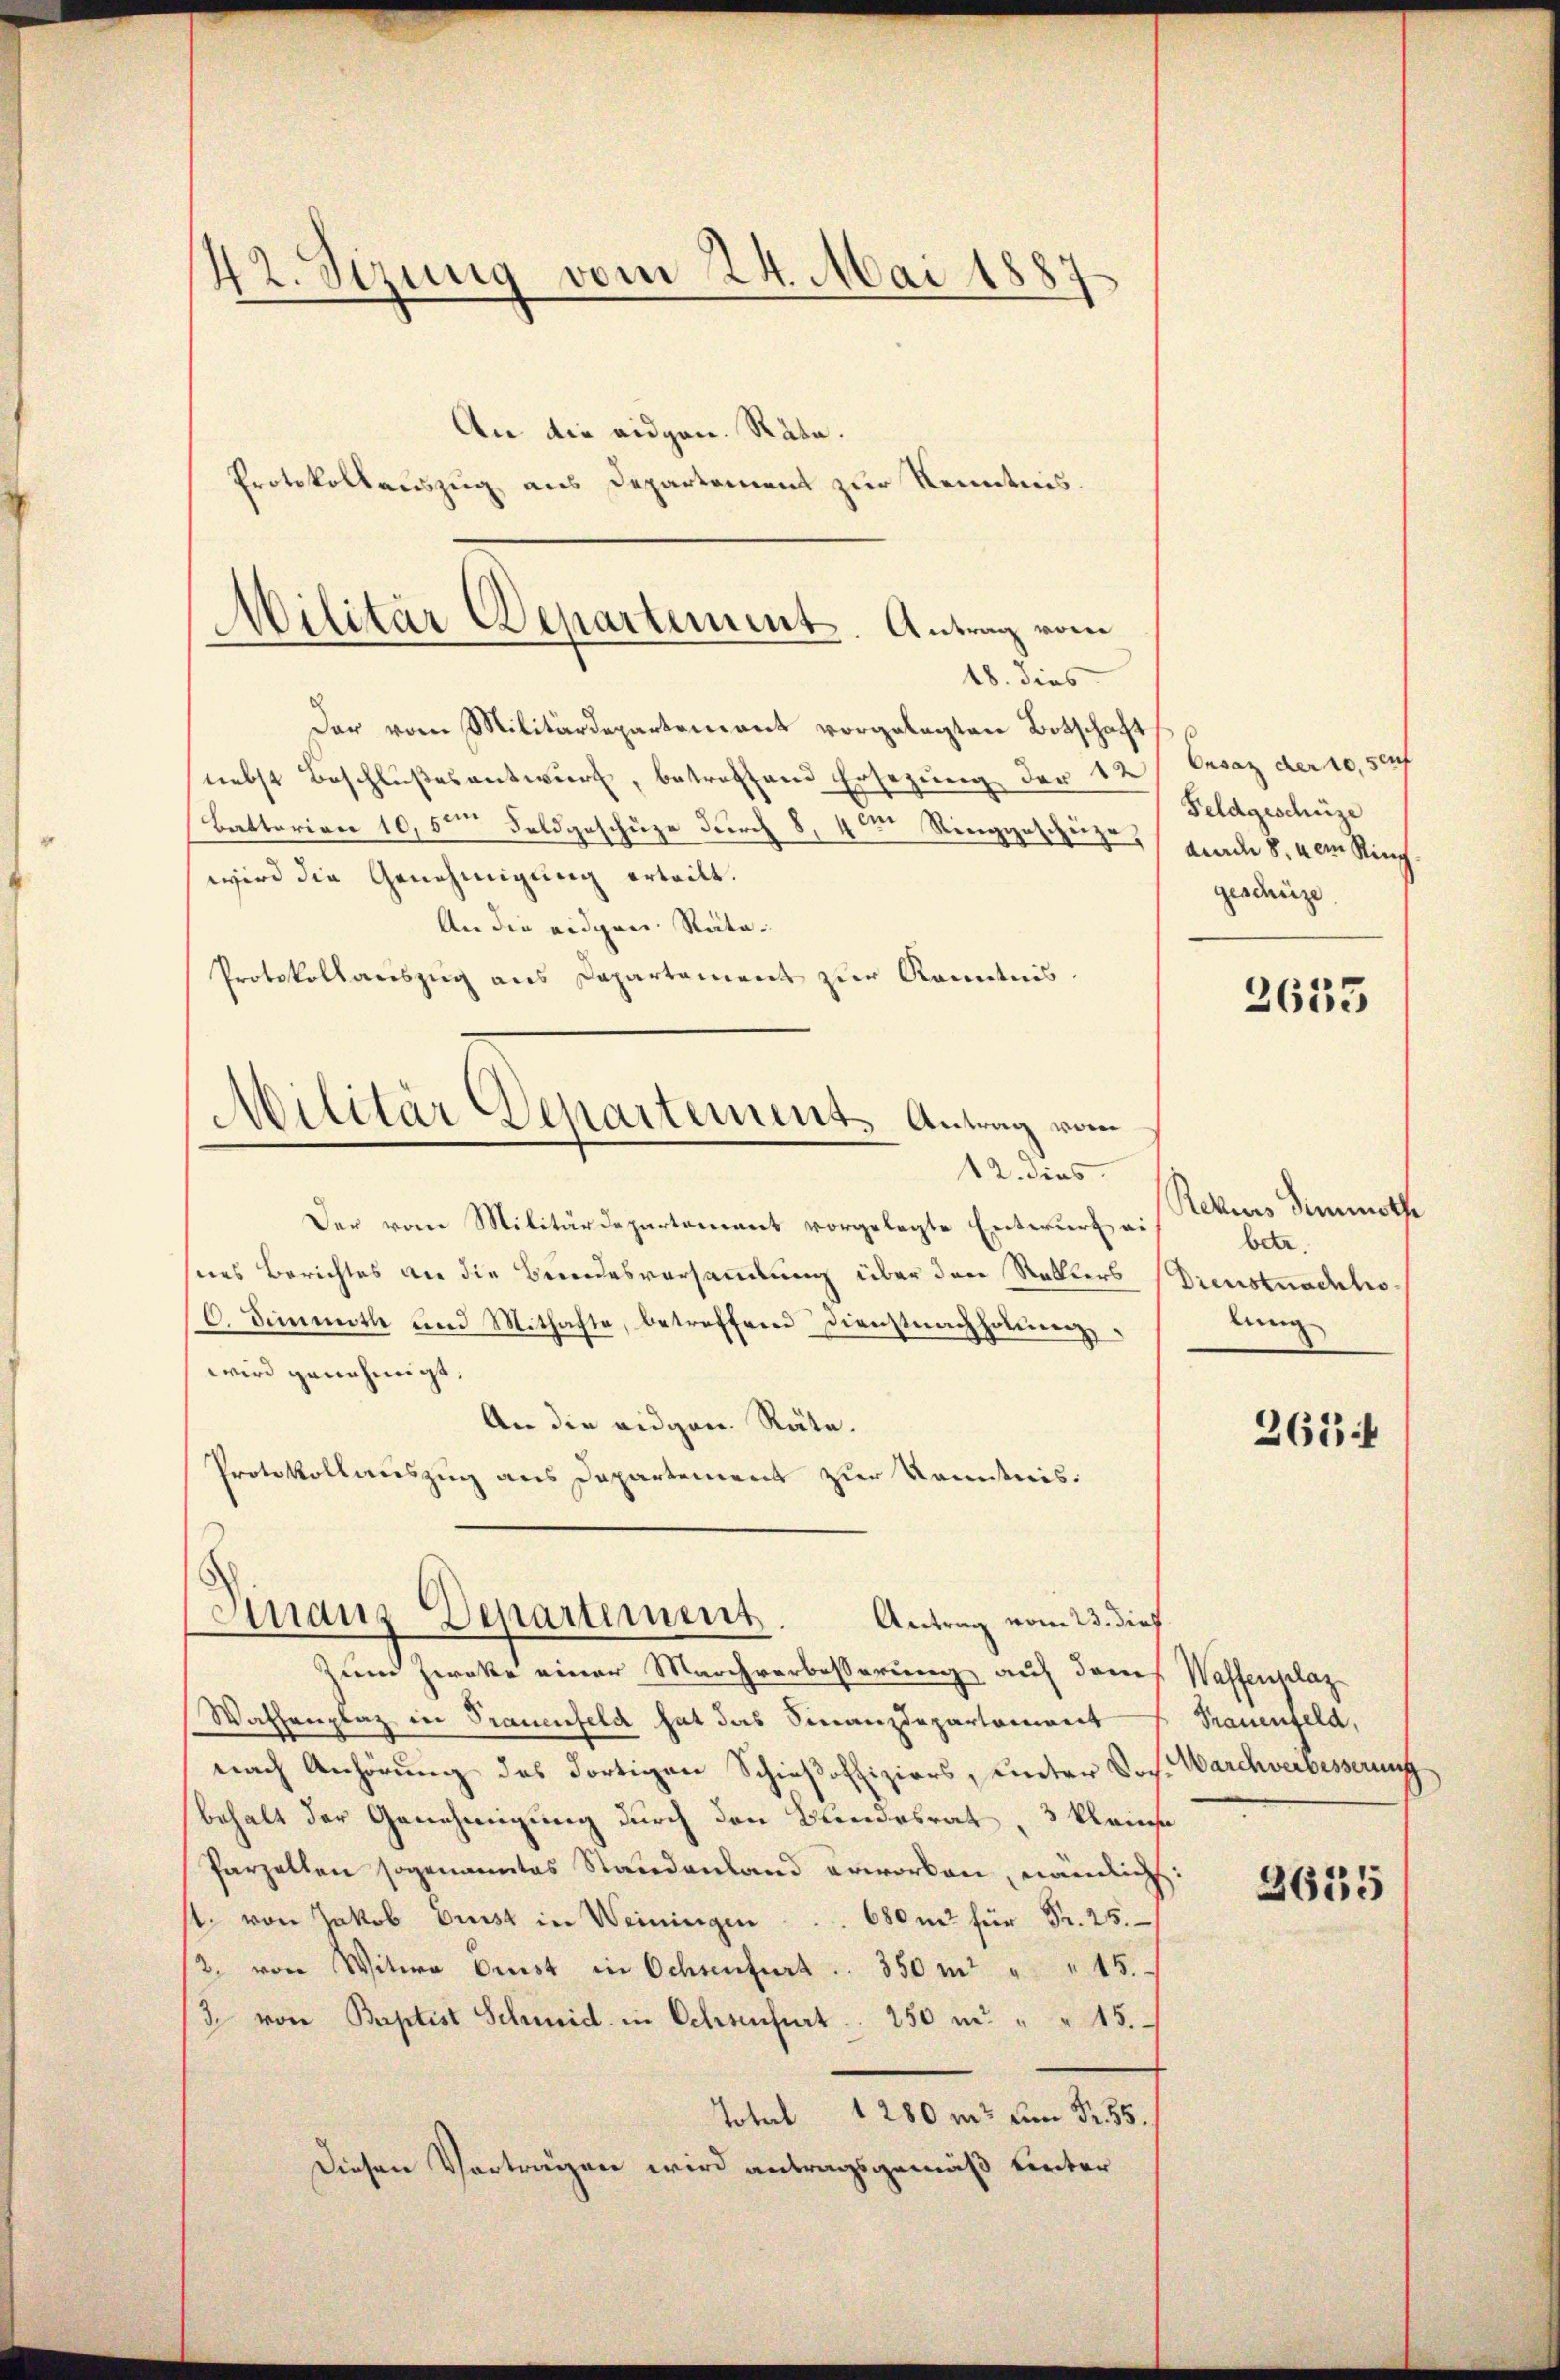
42. Sizung vom 24. Mai 1887
An die eidgen. Räte.

Militär Departement. Antrag vom
18. dies

Militär Departement. Antrag vom
12. dies

Protokollauszug aus Departement zur Kenntnis.
Der vom Militärdepartement vorgelegten Botschaft
nebst Beschlußes antwurf, betreffend Ersezung der 12
Battarian 10,5te͇n Feldgeschüze durch 8, 4ten Ringgeschütze,
wird die Genehmigung erteilt.
An die eidgen. Räte.
Protokollauszug aus Departement zur Kenntnis.
Der vom Militärdepartement vorgelegte Entwurf ei
nes Berichtes die die Besondesversammlung über den Rektors Dienstnachtes
6. Dimmitte und Mithafte, betreffend Dienstnachholenz
wird genehmigt.
An die eidgen. Räte.
Protokollauszug aus Departement zur Kenntnis:
Finanz-Departement.
Antrag vom 23. dies
Zum Zweke einer Marchverbesserung auf dem
Wathenplaz in Trauenfeld hat das Finanzdepartement
nach Anhörung des dortigen Schieβoffiziers, unter Jos. Warchverbesserung
behalt der Genehmigung durch den Bundesrat, 3 kleinse
Parzellen sogenanntes Standenland erworben, nämlich:
st. von Jakob Brust in Weiningen . . . 680 m für Fr. 25.
2. von Witwe Crist in Ochsenfurt. 350 m " " 15.
3. von Baptist Schmid in Ochsenheit. 250 m " " 15.
Tobel 1280 m um 2. 55.
Diesen Vorträgen wird antragsgemäß hinter

Onsaz der 10, sauf
Feldgeschüze
duard 8. dem Ring
geschüze

2653

Rekurs Dimmathe
betr.
lung

261

Waffengelaz
Trauenfeld,

2635